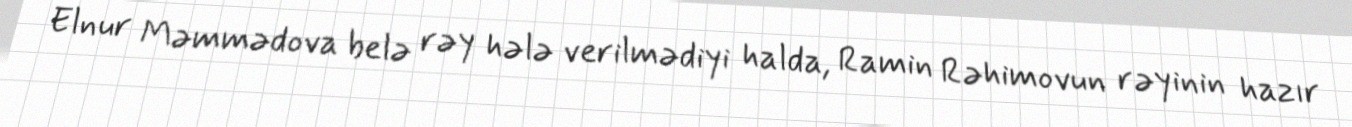
Elnur Məmmədova belə rəy hələ verilmədiyi halda, Ramin Rəhimovun rəyinin hazır